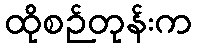
ထိုစဉ်တုန်းက